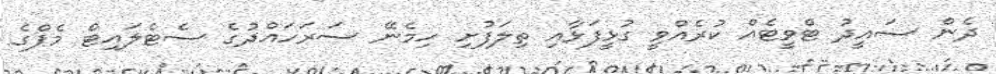
ދެން ސައީދު ޓްވީޓެއް ކުރެއްވީ ގުޅީފަޅާއި ތިލަފުށި ހިމެނޭ ސަރަހައްދުގެ ސެޓެލައިޓް މެޕްގެ